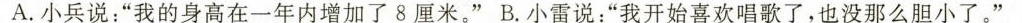
A.小兵说：”我的身高在一年内增加了8厘米。”B.小雷说：”我开始喜欢唱歌了，也没那么胆小了。”